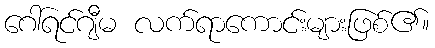
ဂေါ်ရင်ဂျီမ လက်ရာကောင်းများဖြစ်၏။